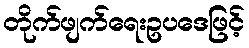
တိုက်ဖျက်ရေးဥပဒေဖြင့်